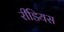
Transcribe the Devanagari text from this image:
रीडियस